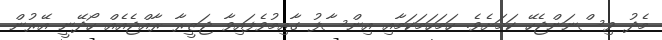
މެދު ވިސްނަންޖެހޭ ކަމަށެވެ. ހަމަހަމަކަމާއި އިންސާފު ގާއިމުވެފައިވާ ޖަޒީރާ ރާއްޖެއެއް ހޯދޭނީ އޭރުން